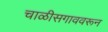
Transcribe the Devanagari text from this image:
चाळीसगाववरून